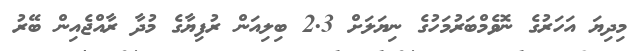
މިދިޔަ އަހަރުގެ ނޮވެމްބަރުމަހުގެ ނިޔަލަށް 2.3 ބިލިއަން ރުފިޔާގެ މުދާ ރާއްޖެއިން ބޭރު